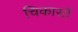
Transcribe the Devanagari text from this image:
चिकासॉ